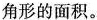
角形的面积。